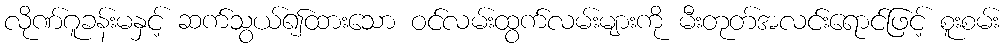
လိုဏ်ဂူခန်းမနှင့် ဆက်သွယ်၍ထားသော ဝင်လမ်းထွက်လမ်းများကို မီးတုတ်အလင်းရောင်ဖြင့် စူးစမ်း